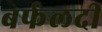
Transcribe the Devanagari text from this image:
बर्फलदी